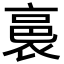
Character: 裛